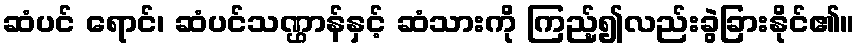
ဆံပင် ရောင်၊ ဆံပင်သဏ္ဌာန်နှင့် ဆံသားကို ကြည့်၍လည်းခွဲခြားနိုင်၏။